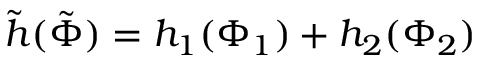
\tilde { h } ( \tilde { \Phi } ) = h _ { 1 } ( \Phi _ { 1 } ) + h _ { 2 } ( \Phi _ { 2 } )